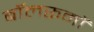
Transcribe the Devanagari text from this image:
बॉलरूमों